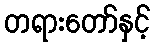
တရားတော်နှင့်